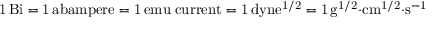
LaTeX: \mathrm { 1 \, B i = 1 \, a b a m p e r e = 1 \, e m u \; c u r r e n t = 1 \, d y n e ^ { 1 / 2 } = 1 \, g ^ { 1 / 2 } { \cdot } c m ^ { 1 / 2 } { \cdot } s ^ { - 1 } }